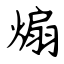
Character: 煽